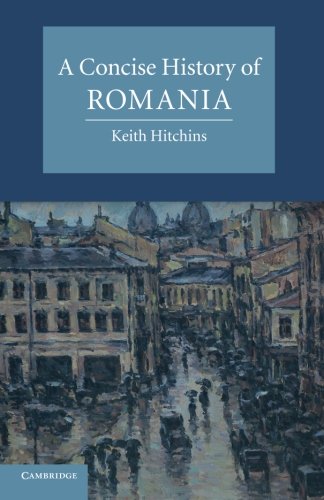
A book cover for A Concise History of Romania (Cambridge Concise Histories); Keith Hitchins; History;